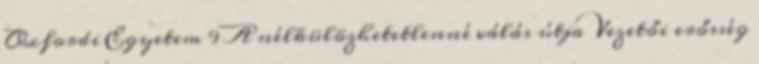
Oxfordi Egyetem 9 A nélkülözhetetlenné válás útja Vezetői erősség